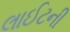
લાઈટની